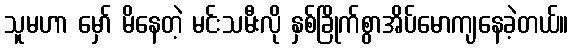
သူမဟာ မှော် မိနေတဲ့ မင်းသမီးလို နှစ်ခြိုက်စွာအိပ်မောကျနေခဲ့တယ်။